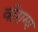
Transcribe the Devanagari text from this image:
वीराग्य